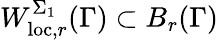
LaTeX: W_{\mathrm{loc},r}^{\Sigma_{1}}(\Gamma)\subset B_{r}(\Gamma)